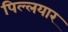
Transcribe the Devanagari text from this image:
पिल्लयार